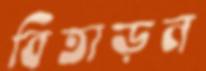
বিতাড়ন